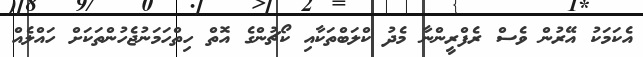
އެކަމަކު އޭރުން ވެސް ރެފްރީންނާ މެދު ކްލަބްތަކާއި ކޯޗުންގެ އޮތް ހިތްހަމަނުޖެހުންތަކަށް ހައްލެއް